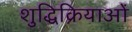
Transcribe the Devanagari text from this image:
शुद्धिक्रियाओं